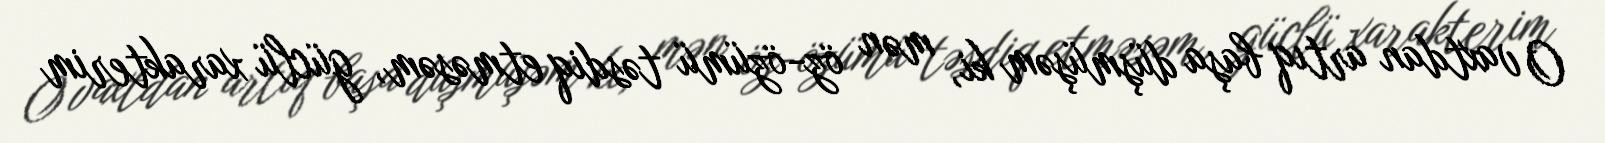
O vaxtdan artıq başa düşmüşəm ki, mən öz-özümü təsdiq etməsəm, güclü xarakterim